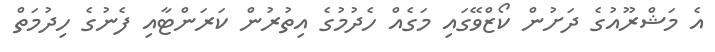
އެ މަޝްރޫއުގެ ދަށުން ކޯޒްވޭގައި މަގެއް ހެދުމުގެ އިތުރުން ކަރަންޓާއި ފެނުގެ ހިދުމަތް